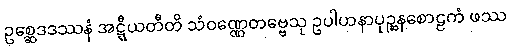
ဥစ္ဆေဒဒဿနံ အဋ္ဋီယတီတိ သံဝဏ္ဏေတဗ္ဗေသု ဥပါဟနာပုဉ္ဆနစောဠကံ ဖဿ